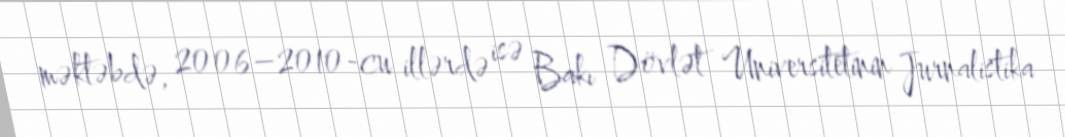
məktəbdə, 2006–2010-cu illərdə isə Bakı Dövlət Universitetinin Jurnalistika